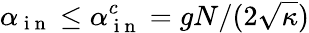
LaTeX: \alpha_{\mathrm{~i~n~}}\leq\alpha_{\mathrm{~i~n~}}^{c}=gN/(2\sqrt{\kappa})